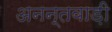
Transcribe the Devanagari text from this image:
अनन्तवाड़ी